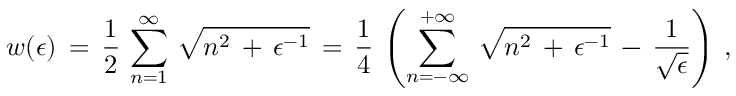
w ( \epsilon ) \, = \, \frac { 1 } { 2 } \, \sum _ { n = 1 } ^ { \infty } \, \sqrt { n ^ { 2 } \, + \, \epsilon ^ { - 1 } } \, = \, \frac { 1 } { 4 } \, \left( \sum _ { n = - \infty } ^ { + \infty } \, \sqrt { n ^ { 2 } \, + \, \epsilon ^ { - 1 } } \, - \, \frac { 1 } { \sqrt { \epsilon } } \right) \, { , }